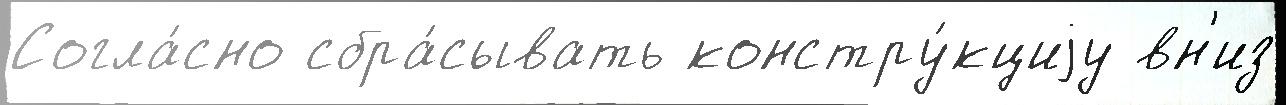
Согла́сно сбра́сывать констру́кциjу вн'из